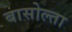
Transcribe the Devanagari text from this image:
बासोल्ता